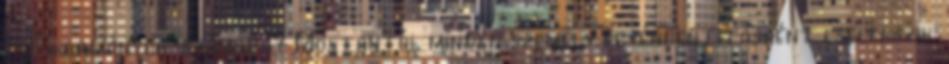
és „kormányok” számára? Mostantól minden személy egyéni entitásként cselekszik,